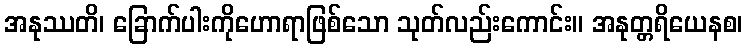
အနုဿတိ၊ ခြောက်ပါးကိုဟောရာဖြစ်သော သုတ်လည်းကောင်း။ အနုတ္တရိယေနစ၊